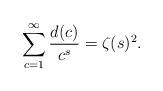
\begin{align*}\sum_{c=1}^{\infty}\frac{d(c)}{c^s}=\zeta(s)^2. \end{align*}